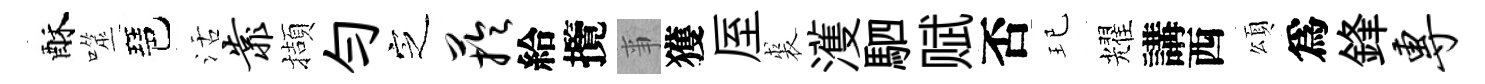
酥噬琶活靠擷勻㝎芋給攬亊獲厔裘濩駟赋否玘耀講西頌爲鋒专